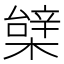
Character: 𣙼